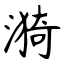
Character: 漪